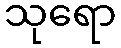
သုရော